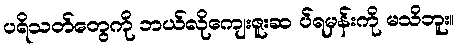
ပရိသတ်တွေကို ဘယ်လိုကျေးဇူးဆ ပ်ရမှန်းကို မသိဘူး။